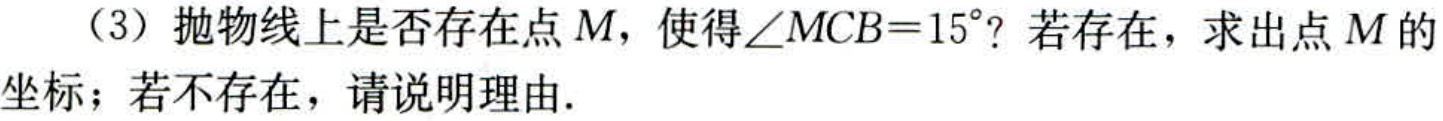
（3）抛物线上是否存在点\(M\)，使得\(\angle MCB = 15^{\circ}\)？若存在，求出点\(M\)的坐标；若不存在，请说明理由.